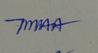
Signature authenticity: genuine